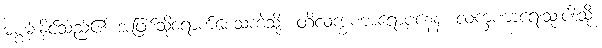
မစွမ်းနိုင်သည်၏ အဖြစ်သို့ရောက်စေသကဲ့သို့။ တိလက္ခဏာရောပနေန၊ လက္ခဏာရေးသုံးပါးသို့